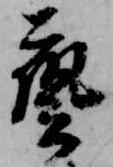
芸